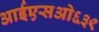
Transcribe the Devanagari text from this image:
आईएसओ६३९